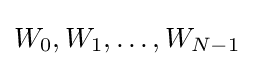
W_{0},W_{1},\ldots ,W_{N-1}